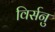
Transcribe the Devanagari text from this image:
विर्सनु